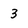
Character: 3